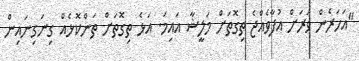
"އަހަރެން ވަރަށް އުފާވެއްޖެ ތިގޮތަށް މަލީޝާ އައިމަ. އަޅެ ތިގޮތަށް ތަންކޮޅެއް ގިނަގިނައިން